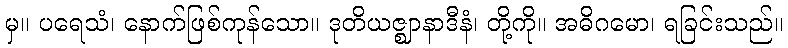
မှ။ ပရေသံ၊ နောက်ဖြစ်ကုန်သော။ ဒုတိယဇ္ဈာနာဒီနံ၊ တို့ကို။ အဓိဂမော၊ ရခြင်းသည်။